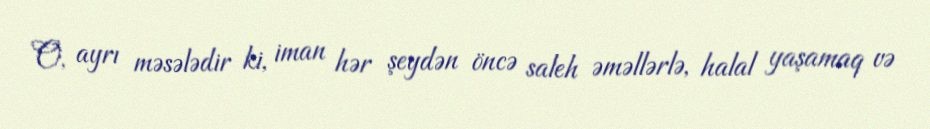
O, ayrı məsələdir ki, iman hər şeydən öncə saleh əməllərlə, halal yaşamaq və